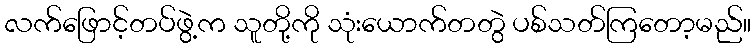
လက်ဖြောင့်တပ်ဖွဲ့က သူတို့ကို သုံးယောက်တတွဲ ပစ်သတ်ကြတော့မည်။